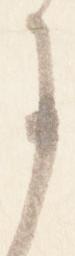
に